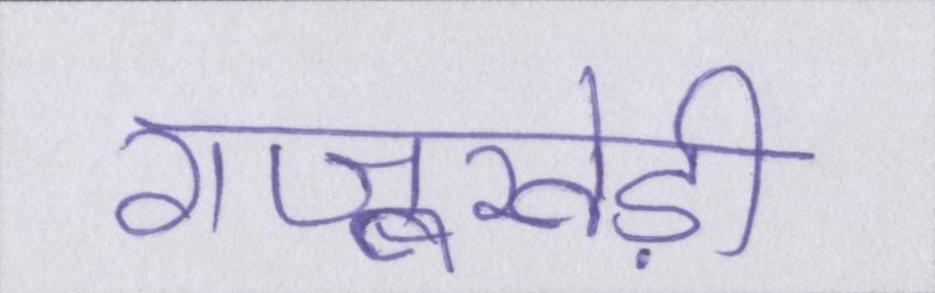
राजूखेड़ी